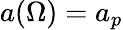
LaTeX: a(\Omega)=a_{p}